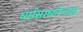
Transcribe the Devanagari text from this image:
धर्मसाधनेच्या